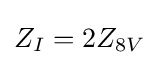
Z_{I}=2Z_{8V}